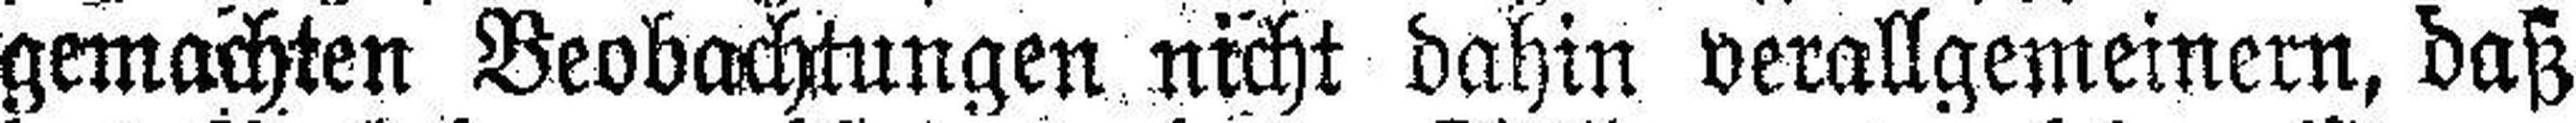
gemachten Beobachtungen nicht dahin verallgemeinern, daß